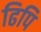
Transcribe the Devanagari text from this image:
ढिपि